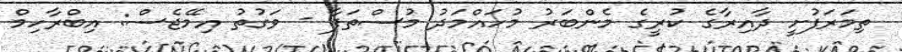
ތިމަރަފުށީ ދާއިރާގެ ކުރީގެ މެންބަރު މުހައްމަދު މުސްތަފާ - ވަގުތު އިމޭޖެސް: އިބްރާހިމް